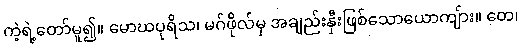
ကဲ့ရဲ့တော်မူ၍။ မောဃပုရိသ၊ မဂ်ဖိုလ်မှ အချည်းနှီးဖြစ်သောယောကျ်ား။ တေ၊